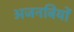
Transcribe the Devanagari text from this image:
अजनबियों